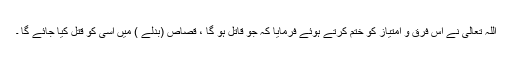
اللہ تعالیٰ نے اس فرق و امتیاز کو ختم کرتے ہوئے فرمایا کہ جو قاتل ہو گا ، قصاص (بدلے ) میں اسی کو قتل کیا جائے گا ۔